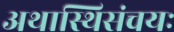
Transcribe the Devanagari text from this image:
अथास्थिसंचयः